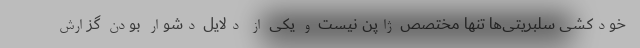
خودکشی سلبریتی‌ها تنها مختصص ژاپن نیست و یکی از دلایل دشوار بودن گزارش